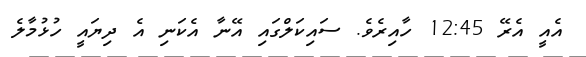
އެއީ އެރޭ 12:45 ހާއިރެވެ. ސައިކަލްގައި އޭނާ އެކަނި އެ ދިޔައީ ހުޅުމާލެ